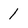
Character: 1